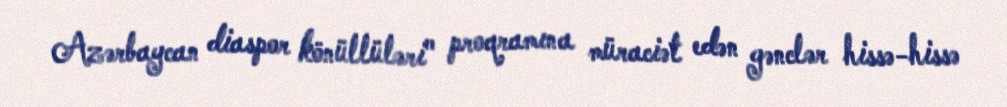
Azərbaycan diaspor könüllüləri" proqramına müraciət edən gənclər hissə-hissə